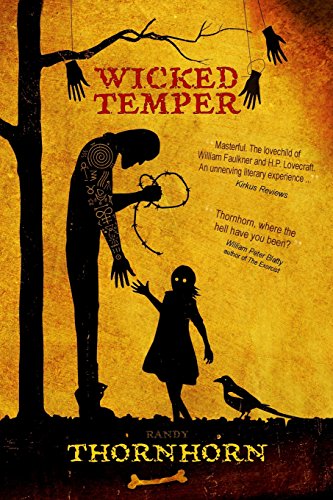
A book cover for Wicked Temper; Randy Thornhorn; Science Fiction & Fantasy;